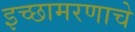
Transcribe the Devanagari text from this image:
इच्छामरणाचे